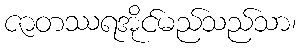
ဇာတဿရအိုင်မည်သည်သာ၊